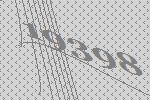
19398